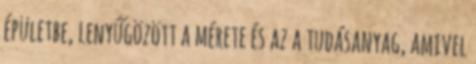
épületbe, lenyűgözött a mérete és az a tudásanyag, amivel